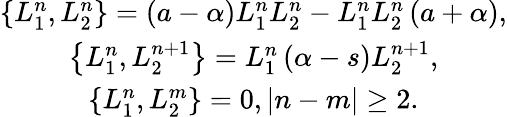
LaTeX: \begin{array}{c}{{\left\{ L_{1}^{n},L_{2}^{n}\right\} =\left(a-\alpha\right)L_{1}^{n}L_{2}^{n}-L_{1}^{n}L_{2}^{n}\left(a+\alpha\right),}}\\ {{\left\{ L_{1}^{n},L_{2}^{n+1}\right\} =L_{1}^{n}\left(\alpha-s\right)L_{2}^{n+1},}}\\ {{\left\{ L_{1}^{n},L_{2}^{m}\right\} =0,\left|n-m\right|\geq 2.}}\end{array}